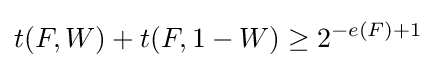
t(F,W)+t(F,1-W)\geq 2^{-e(F)+1}